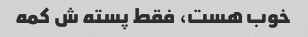
خوب هست، فقط پسته ش کمه